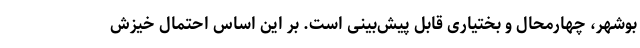
بوشهر، چهارمحال و بختیاری قابل پیش‌بینی است. بر این اساس احتمال خیزش